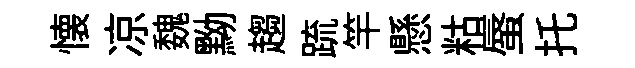
懐凉魏黝趨䟽竿懸䊀蜃托